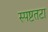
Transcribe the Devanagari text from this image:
स्पष्टतटा